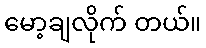
မော့ချလိုက် တယ်။